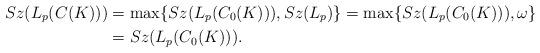
LaTeX: \begin{align*} Sz(L_p(C(K))) & =\max\{Sz(L_p(C_0(K))), Sz(L_p)\}=\max\{Sz(L_p(C_0(K))), \omega\} \\ & =Sz(L_p(C_0(K))).\end{align*}